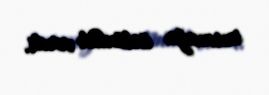
susmağa üstünlük verdi.